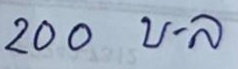
200 บ . ล